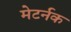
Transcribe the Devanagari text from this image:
मेटर्नक